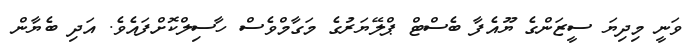
ވަނީ މިދިޔަ ސީޒަންގެ ޔޫއެފާ ބެސްޓް ޕްލޭޔަރުގެ މަގާމްވެސް ހާސިލްކޮށްފައެވެ. އަދި ބެޔާން